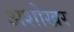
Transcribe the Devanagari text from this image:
अशोखर